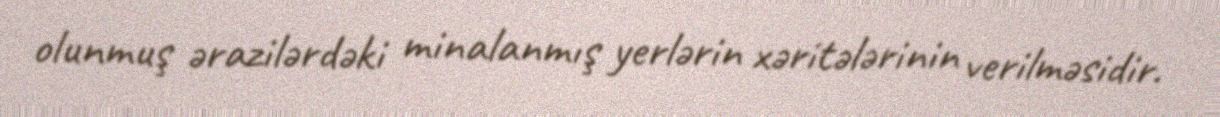
olunmuş ərazilərdəki minalanmış yerlərin xəritələrinin verilməsidir.